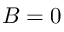
B = 0